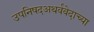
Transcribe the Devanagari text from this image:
उपनिषदअथर्ववेदाच्या